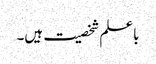
باعلم شخصیت ہیں۔